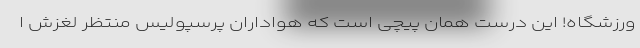
ورزشگاه! این درست همان پیچی است که هواداران پرسپولیس منتظر لغزش ا